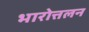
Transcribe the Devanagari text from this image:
भारोत्तलन